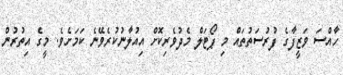
ހާއްސަ ވަޒީފާގެ ފުރުސަތުތައް މި ޕޯޓަލް މެދުވެރިކޮށް އިއުލާނުކުރެވޭނެ ކަމަށެވެ. މީގެ އިތުރުން